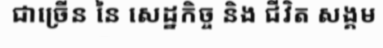
ជាច្រើន នៃ សេដ្ឋកិច្ច និង ជីវិត សង្គម